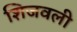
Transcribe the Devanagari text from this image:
शिजवली